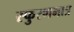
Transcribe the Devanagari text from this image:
स्फुरणमात्र